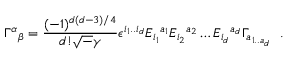
\Gamma ^ { \alpha } { } _ { \beta } = \frac { ( - 1 ) ^ { d ( d - 3 ) / 4 } } { d ! { \sqrt - \gamma } } \epsilon ^ { i _ { 1 } . . i _ { d } } E _ { i _ { 1 } } { } ^ { a _ { 1 } } E _ { i _ { 2 } } { } ^ { a _ { 2 } } \ldots E _ { i _ { d } } { } ^ { a _ { d } } \Gamma _ { a _ { 1 . . a { _ d } } } ~ ~ .